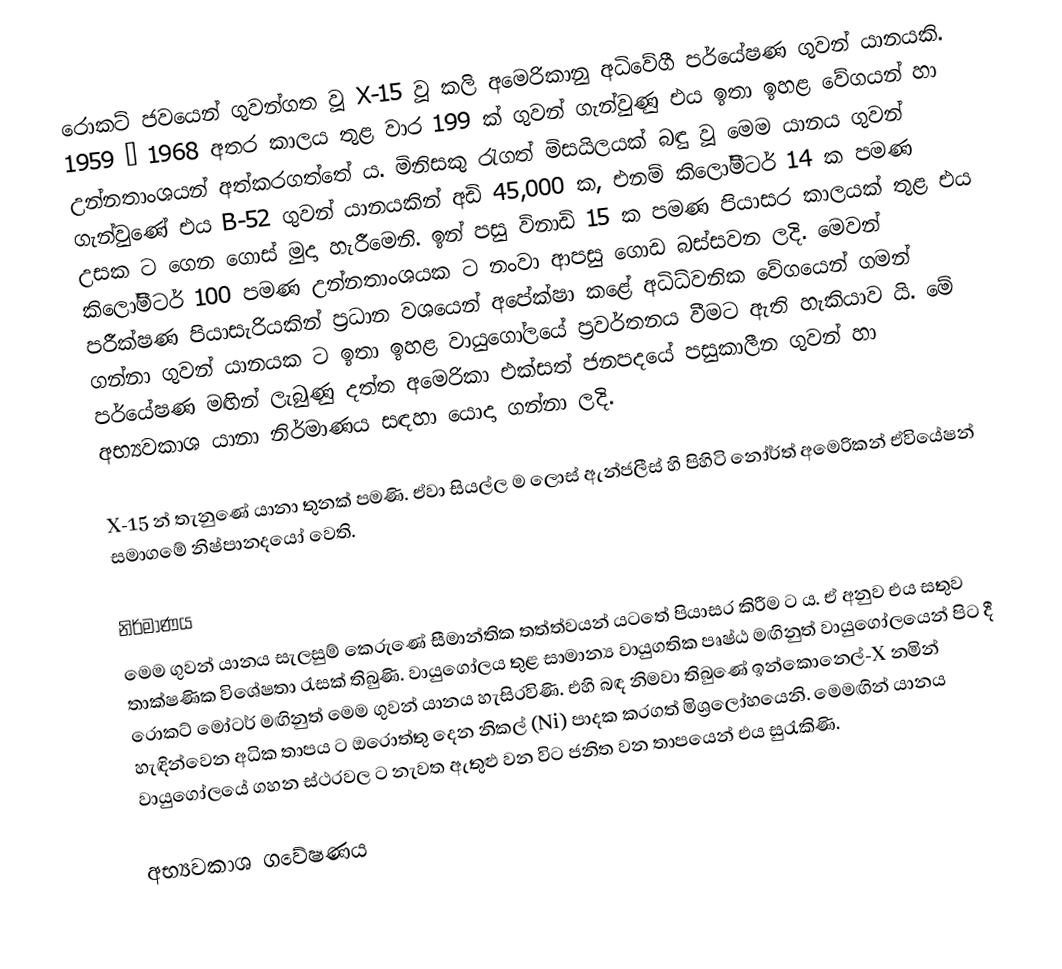
රොකට් ජවයෙන් ගුවන්ගත වූ X-15 වූ කලි අමෙරිකානු අධිවේගී පර්යේෂණ ගුවන් යානයකි. 1959 – 1968 අතර කාලය තුළ වාර 199 ක් ගුවන් ගැන්වුණු එය ඉතා ඉහළ වේගයන් හා උන්නතාංශයන් අත්කරගත්තේ ය. මිනිසකු රැගත් මිසයිලයක් බඳු වූ මෙම යානය ගුවන් ගැන්වුණේ එය B-52 ගුවන් යානයකින් අඩි 45,000 ක, එනම් කිලෝමීටර් 14 ක පමණ උසක ට ගෙන ගොස් මුදා හැරීමෙනි. ඉන් පසු විනාඩි 15 ක පමණ පියාසර කාලයක් තුළ එය කිලෝමීටර් 100 පමණ උන්නතාංශයක ට නංවා ආපසු ගොඩ බස්සවන ලදි. මෙවන් පරීක්ෂණ පියාසැරියකින් ප්‍රධාන වශයෙන් අපේක්ෂා කළේ අධිධ්වනික වේගයෙන් ගමන් ගන්නා ගුවන් යානයක ට ඉතා ඉහළ වායුගෝලයේ ප්‍රවර්තනය වීමට ඇති හැකියාව යි. මේ පර්යේෂණ මඟින් ලැබුණු දත්ත අමෙරිකා එක්සත් ජනපදයේ පසුකාලීන ගුවන් හා අභ්‍යවකාශ යානා නිර්මාණය සඳහා යොදා ගන්නා ලදි.

X-15 න් තැනුණේ යානා තුනක් පමණි. ඒවා සියල්ල ම ලොස් ඇන්ජලීස් හි පිහිටි නෝර්ත් අමෙරිකන් ඒවියේෂන් සමාගමේ නිෂ්පානදයෝ වෙති.

නිර්මාණය
මෙම ගුවන් යානය සැලසුම් කෙරුණේ සීමාන්තික තත්ත්වයන් යටතේ පියාසර කිරීම ට ය. ඒ අනුව එය සතුව තාක්ෂණික විශේෂතා රැසක් තිබුණි. වායුගෝලය තුළ සාමාන්‍ය වායුගතික පෘෂ්ඨ මඟිනුත් වායුගෝලයෙන් පිට දී රොකට් මෝටර් මඟිනුත් මෙම ගුවන් යානය හැසිරවිණි. එහි බඳ නිමවා තිබුණේ ඉන්කොනෙල්-X නමින් හැඳින්වෙන අධික තාපය ට ඔරොත්තු දෙන නිකල් (Ni) පාදක කරගත් මිශ්‍රලෝහයෙනි. මෙමඟින් යානය වායුගෝලයේ ගහන ස්ථරවල ට නැවත ඇතුළු වන විට ජනිත වන තාපයෙන් එය සුරැකිණි.

අභ්‍යවකාශ ගවේෂණය